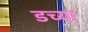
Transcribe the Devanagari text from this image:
डच्या